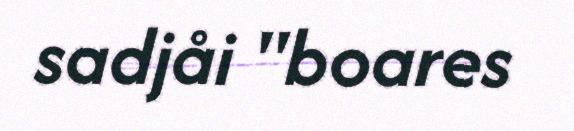
sadjåi "boares